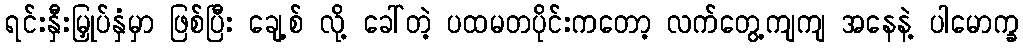
ရင်းနှီးမြှုပ်နှံမှာ ဖြစ်ပြီး ချေ့စ် လို့ ခေါ်တဲ့ ပထမတပိုင်းကတော့ လက်တွေ့ကျကျ အနေနဲ့ ပါမောက္ခ